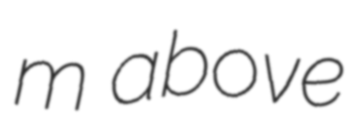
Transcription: m above